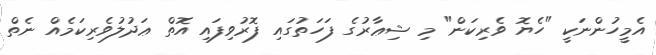
އެމީހުންނަކީ "ހެޔޮ ވެރިކަން" މި ޝިޢާރުގެ ފަހަތުގައި ފޮރުވިފައި އޮތް ޢަދުލުވެރިކަމެއް ނެތް